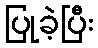
ပြုခဲ့ပြီး